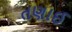
તણાઈ